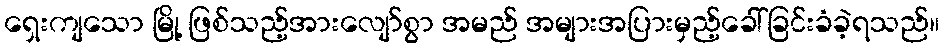
ရှေးကျသော မြို့ ဖြစ်သည့်အားလျော်စွာ အမည် အများအပြားမှည့်ခေါ်ခြင်းခံခဲ့ရသည်။